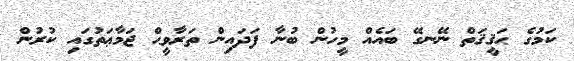
ކަމުގެ ޙަޤީޤަތް ނޭނގޭ ބައެއް މީހުން ބުނާ ފަދައިން ތަރާވީޙް ޖަމާޢަތުގައި ކުރުން